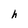
Character: h